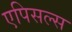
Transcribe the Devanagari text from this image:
एपिसल्स